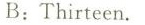
B:Thirteen.